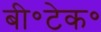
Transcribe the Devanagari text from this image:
बी॰टेक॰